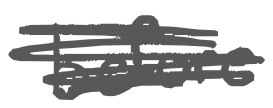
Text: before
Cross-out: scratch
Writing tool: digital_gray